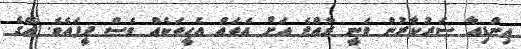
އިންޑިއާ ސަރުކާރުން ވަނީ ރާއްޖެ އަށް އެތައް އެހީތަކެއް ވެސް ދީފައެވެ. އޭގެ